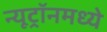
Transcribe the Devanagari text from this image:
न्यूट्रॉनमध्ये